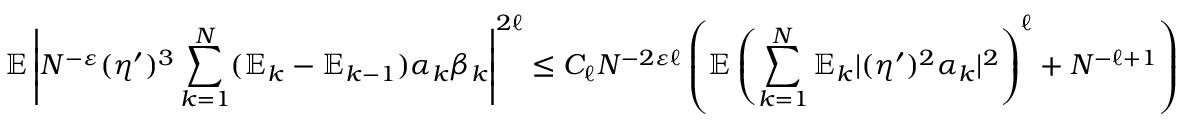
\mathbb { E } \left| N ^ { - \varepsilon } ( \eta ^ { \prime } ) ^ { 3 } \sum _ { k = 1 } ^ { N } ( \mathbb { E } _ { k } - \mathbb { E } _ { k - 1 } ) \alpha _ { k } \beta _ { k } \right| ^ { 2 \ell } \leq C _ { \ell } N ^ { - 2 \varepsilon \ell } \left( \mathbb { E } \left( \sum _ { k = 1 } ^ { N } \mathbb { E } _ { k } | ( \eta ^ { \prime } ) ^ { 2 } \alpha _ { k } | ^ { 2 } \right) ^ { \ell } + N ^ { - \ell + 1 } \right)